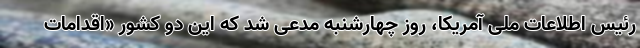
رئیس اطلاعات ملی آمریکا، روز چهارشنبه مدعی شد که این دو کشور «اقدامات